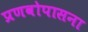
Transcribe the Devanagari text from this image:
प्रणवोपासना